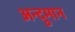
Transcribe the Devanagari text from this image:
अन्दुमान